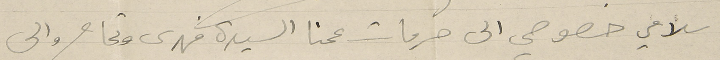
سلامي خصوصي الى حرمات عمنا السيدة فهدى وتمام والى